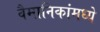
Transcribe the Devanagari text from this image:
वैमानिकांमध्ये